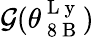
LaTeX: \mathcal{G}(\theta_{\mathrm{~8~B~}}^{\mathrm{~L~y~}})